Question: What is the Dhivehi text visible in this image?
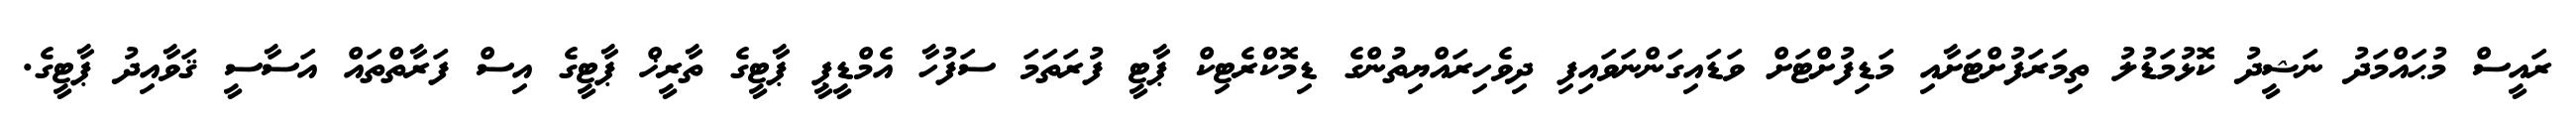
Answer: ރައީސް މުޙައްމަދު ނަޝީދު ކޮޅުމަޑުލު ތިމަރަފުށްޓަށާއި މަޑިފުށްޓަށް ވަޑައިގަންނަވައިފި ދިވެހިރައްޔިތުންގެ ޑިމޮކްރެޓިކް ޕާޓީ ފުރަތަމަ ސަފުހާ އެމްޑީޕީ ޕާޓީގެ ތާރީޚް ޕާޓީގެ އިސް ފަރާތްތައް އަސާސީ ޤަވާއިދު ޕާޓީގެ.